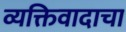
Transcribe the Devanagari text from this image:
व्यक्तिवादाचा